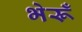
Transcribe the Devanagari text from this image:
भेरूँ